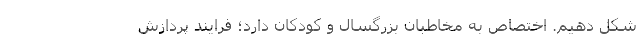
شکل دهیم. اختصاص به مخاطبان بزرگسال و کودکان دارد؛ فرایند پردازش